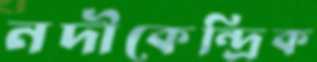
নদীকেন্দ্রিক